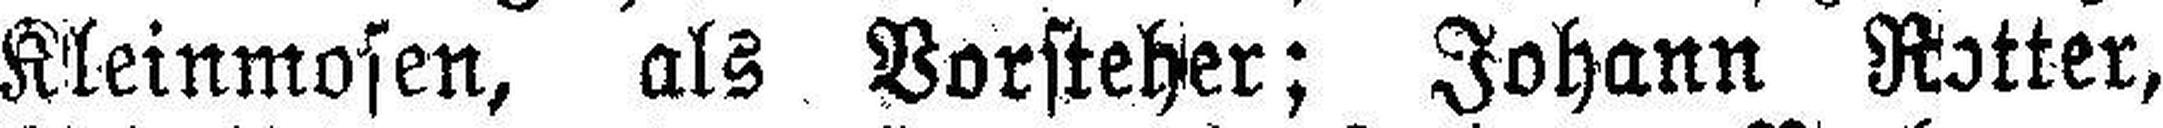
Kleinmosen, als Vorsteher; Johann Rotter,